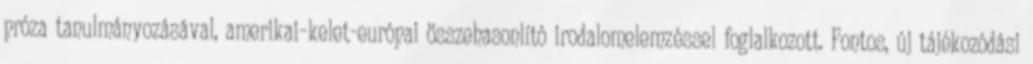
próza tanulmányozásával, amerikai–kelet-európai összehasonlító irodalomelemzéssel foglalkozott. Fontos, új tájékozódási